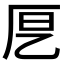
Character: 𭆂